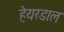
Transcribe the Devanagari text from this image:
हेयरडाल